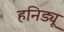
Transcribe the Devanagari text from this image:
हनिड्यू